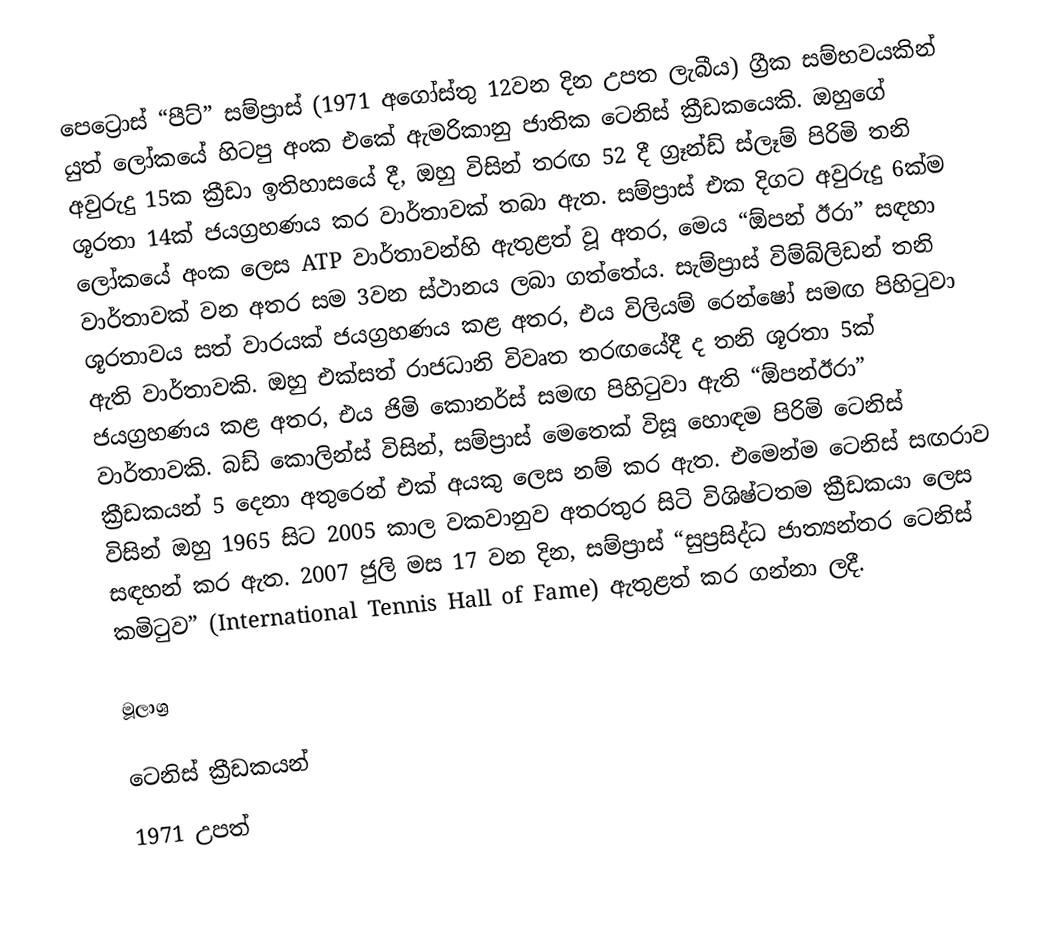
පෙට්‍රොස් “පීට්” සම්ප්‍රාස් (1971 අගෝස්තු 12වන දින උපත ලැබීය) ග්‍රීක සම්භවයකින් යුත් ලෝකයේ හිටපු අංක ‍එකේ ඇමරිකානු ජාතික ටෙනිස් ක්‍රීඩකයෙකි. ඔහුගේ අවුරුදු 15ක ක්‍රීඩා ඉතිහාසයේ දී, ඔහු විසින් තරඟ 52 දී ග්‍රෑන්ඩ් ස්ලෑම් පිරිමි තනි ශූරතා 14ක් ජයග්‍රහණය කර වාර්තාවක් තබා ඇත. සම්ප්‍රාස් එක දිගට අවුරුදු 6ක්ම ලෝකයේ අංක ‍ලෙස ATP වාර්තාවන්හි ඇතුළත් වූ අතර, මෙය “ඕපන් ඊරා” සඳහා වාර්තාවක් වන අතර සම 3වන ස්ථානය ලබා ගත්තේය. සැම්ප්‍රාස් විම්බ්ලිඩන් තනි ශූරතාවය සත් වාරයක් ජයග්‍රහණය කළ අතර, එය විලියම් රෙන්ෂෝ සමඟ පිහිටුවා ඇති වාර්තාවකි. ඔහු එක්සත් රාජධානි විවෘත තරඟයේදී ද තනි ශූරතා 5ක් ජයග්‍රහණය කළ අතර, එය ජිමි කොනර්ස් සමඟ පිහිටුවා ඇති “ඕපන්ඊරා” වාර්තාවකි. බඩ් කොලින්ස් විසින්, සම්ප්‍රාස් මෙතෙක් විසූ හොඳම පිරිමි ටෙනිස් ක්‍රීඩකයන් 5 දෙනා අතුරෙන් එක් අයකු ලෙස නම් කර ඇත. එමෙන්ම ටෙනිස් සඟරාව විසින් ඔහු 1965 සිට 2005 කාල වකවානුව අතරතුර සිටි විශිෂ්ටතම ක්‍රීඩකයා ලෙස සඳහන් කර ඇත. 2007 ජුලි මස 17 වන දින, සම්ප්‍රාස් “සුප්‍රසිද්ධ ජාත්‍යන්තර ටෙනිස් කමිටුව” (International Tennis Hall of Fame) ඇතුළත් කර ගන්නා ලදී.

මූලාශ්‍ර

ටෙනිස් ක්‍රීඩකයන්
1971 උපත්